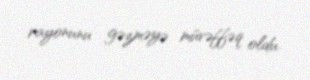
rayonunu gəzməyə müvəffəq oldu.